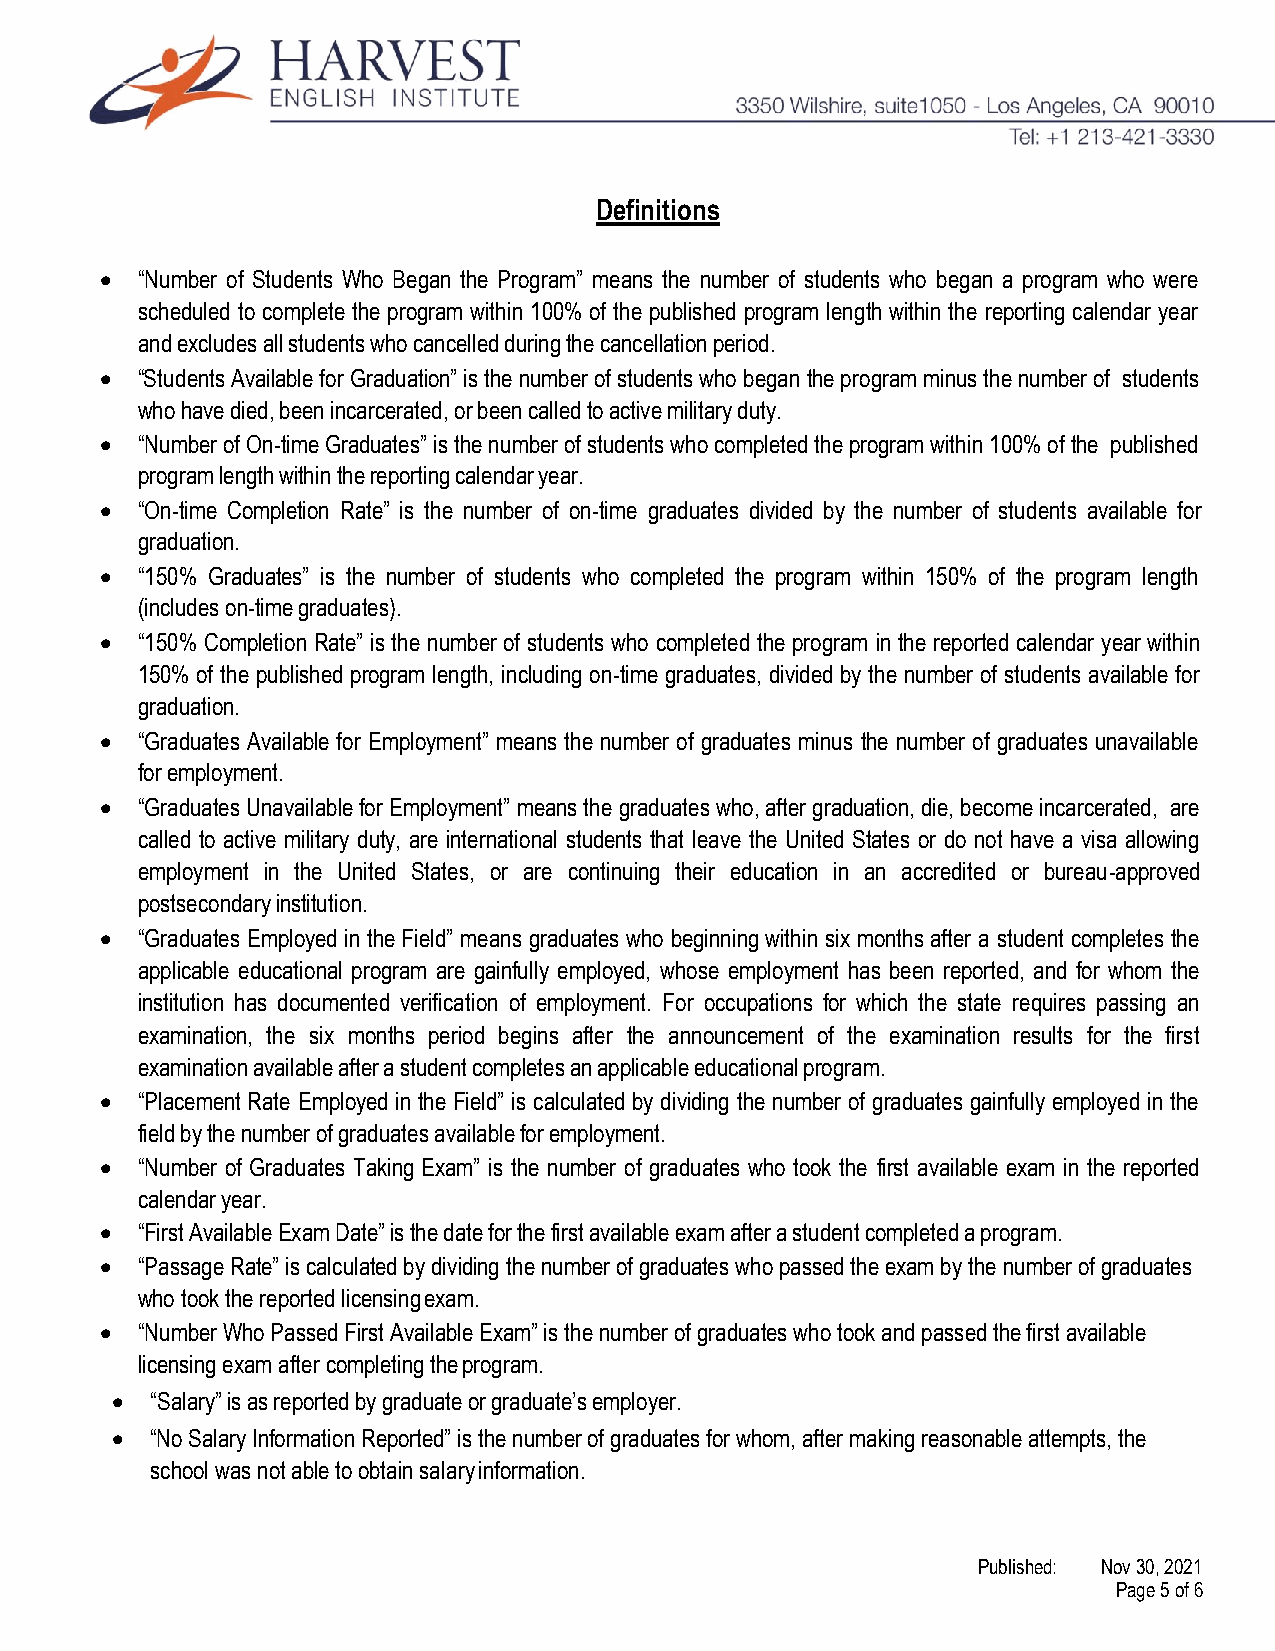
Definitions
 • “Number of Students Who Began the Program” means the number of students who began a program who were
 scheduled to complete the program within 100% of the published program length within the reporting calendar year
 and excludes all students who cancelled during the cancellation period.
 • “Students Available for Graduation” is the number of students who began the program minus the number of students
 who have died, been incarcerated, or been called to active military duty.
 • “Number of On-time Graduates” is the number of students who completed the program within 100% of the published
 program length within the reporting calendar year.
 • “On-time Completion Rate” is the number of on-time graduates divided by the number of students available for
 graduation.
 • “150% Graduates” is the number of students who completed the program within 150% of the program length
 (includes on-time graduates).
 • “150% Completion Rate” is the number of students who completed the program in the reported calendar year within
 150% of the published program length, including on-time graduates, divided by the number of students available for
 graduation.
 • “Graduates Available for Employment” means the number of graduates minus the number of graduates unavailable
 for employment.
 • “Graduates Unavailable for Employment” means the graduates who, after graduation, die, become incarcerated, are
 called to active military duty, are international students that leave the United States or do not have a visa allowing
 employment in the United States, or are continuing their education in an accredited or bureau-approved
 postsecondary institution.
 • “Graduates Employed in the Field” means graduates who beginning within six months after a student completes the
 applicable educational program are gainfully employed, whose employment has been reported, and for whom the
 institution has documented verification of employment. For occupations for which the state requires passing an
 examination, the six months period begins after the announcement of the examination results for the first
 examination available after a student completes an applicable educational program.
 • “Placement Rate Employed in the Field” is calculated by dividing the number of graduates gainfully employed in the
 field by the number of graduates available for employment.
 • “Number of Graduates Taking Exam” is the number of graduates who took the first available exam in the reported
 calendar year.
 • “First Available Exam Date” is the date for the first available exam after a student completed a program.
 • “Passage Rate” is calculated by dividing the number of graduates who passed the exam by the number of graduates
 who took the reported licensing exam.
 • “Number Who Passed First Available Exam” is the number of graduates who took and passed the first available
 licensing exam after completing the program.
 •  “Salary” is as reported by graduate or graduate’s employer.
 •  “No Salary Information Reported” is the number of graduates for whom, after making reasonable attempts, the
 school was not able to obtain salary information.
 Published: Nov 30, 2021
 Page 5 of 6